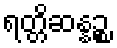
ရတ္တိဆန္နဉ္စ